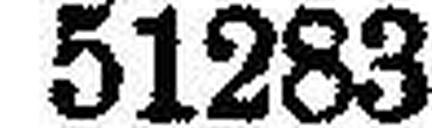
51283